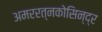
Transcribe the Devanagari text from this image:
अमररत्नकोसिन्द्र